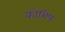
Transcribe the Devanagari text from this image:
कोशिष